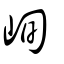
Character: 峋